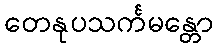
တေနုပသင်္ကမန္တော